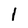
Character: 1